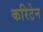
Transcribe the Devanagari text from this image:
करिटेन